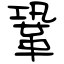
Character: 鞏